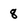
Character: 8